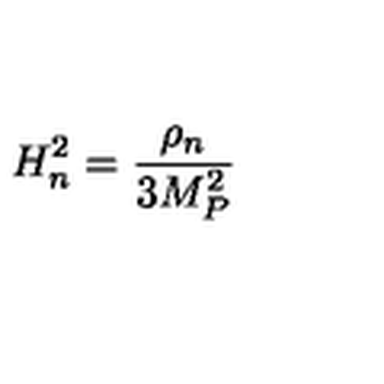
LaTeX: H _ { n } ^ { 2 } = { \frac { \rho _ { n } } { 3 M _ { P } ^ { 2 } } }